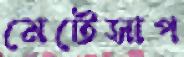
মেটেসাপ